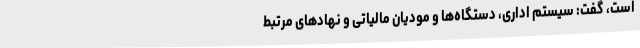
است، گفت: سیستم اداری، دستگاه‌ها و مودیان مالیاتی و نهادهای مرتبط